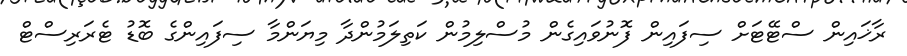
ރާޚައިން ސްޓޭޓަށް ސިފައިން ފޮނުވައިގެން މުސްލިމުން ކަތިލަމުންދާ މިޔަންމާ ސިފައިންގެ ބޮޑު ޓެރަރިސްޓް